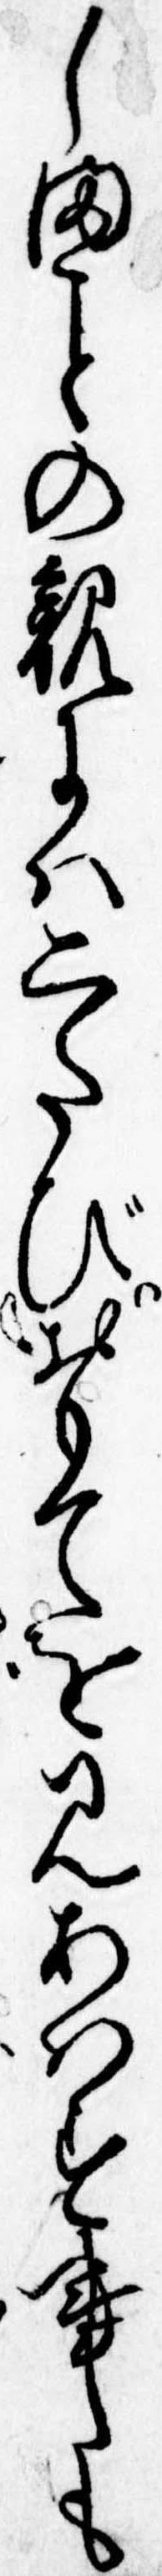
しまの親には二たびおもてを見あはす事も